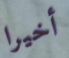
أخيرا